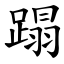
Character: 蹋